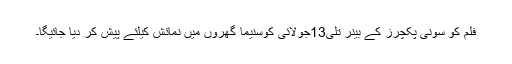
فلم کو سونی پکچرز کے بینر تلی13جولائی کوسنیما گھروں میں نمائش کیلئے پیش کر دیا جائیگا۔